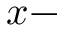
x -